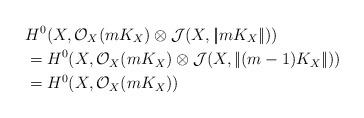
LaTeX: \begin{align*}&H^0(X, \mathcal O_X(mK_X)\otimes \mathcal J(X, |\!| mK_X|\!|))\\ &= H^0(X, \mathcal O_X(mK_X)\otimes \mathcal J(X, |\!| (m-1)K_X|\!|))\\ &=H^0(X, \mathcal O_X(mK_X))\end{align*}